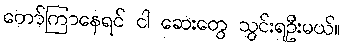
တော်ကြာနေရင် ငါ ဆေးတွေ သွင်းရဦးမယ်။